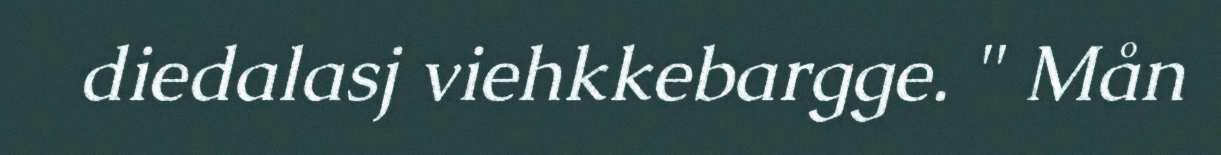
diedalasj viehkkebargge. " Mån